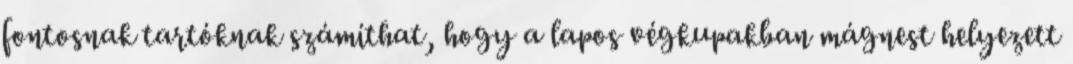
fontosnak tartóknak számíthat, hogy a lapos végkupakban mágnest helyezett